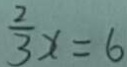
\frac { 2 } { 3 } x = 6